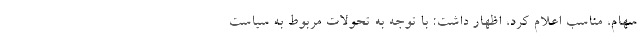
سهام، مناسب اعلام کرد، اظهار داشت: با توجه به تحولات مربوط به سیاست